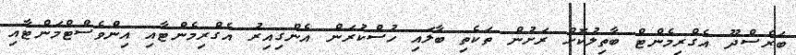
ބަރެސްދޫ އެގްރިމެންޓް ބާތިލުކޮށް ރަށުން ތަކެތި ބާލައި ހުސްކުރަން އެންގިއިރު އެގްރިމެންޓާއި އިންވެސްޓްމަންޓާއި